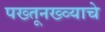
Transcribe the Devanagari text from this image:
पख्तूनख्व्याचे